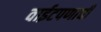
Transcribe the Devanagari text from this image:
वाईटपणाची